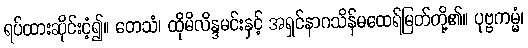
ရပ်ထားဆိုင်းငံ့၍။ တေသံ၊ ထိုမိလိန္ဒမင်းနှင့် အရှင်နာဂသိန်မထေရ်မြတ်တို့၏။ ပုဗ္ဗကမ္မံ၊